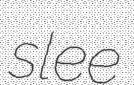
slee